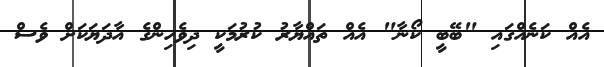
އެއް ކަނެއްގައި "ބޭބީ ކޯނާ" އެއް ތައްޔާރު ކުރުމަކީ ދިވެހިންގެ އާދަޔަކަށް ވެސް